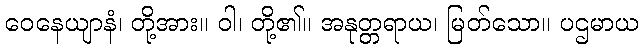
ဝေနေယျာနံ၊ တို့အား။ ဝါ၊ တို့၏။ အနုတ္တရာယ၊ မြတ်သော။ ပဌမာယ